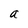
Character: a